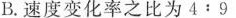
B.速度变化率之比为4﹔9